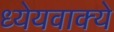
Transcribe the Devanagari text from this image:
ध्येयवाक्ये